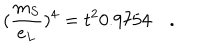
( \frac { m _ { S } } { e _ { L } } ) ^ { 4 } = t ^ { 2 } 0 . 9 7 5 4 \quad .